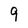
Character: 9